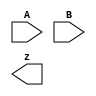
// Create a circuit that has two 2-bit inputs A[1:0] and B[1:0], and produces an output z. 
// The value of z should be 1 if A = B, otherwise z should be 0.


module top_module ( input [1:0] A, input [1:0] B, output z ); 
	// Insert your code here
endmodule